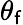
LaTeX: \theta_{\mathsf{f}}